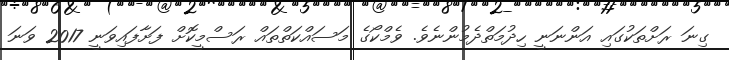
ގިނަ ރަށްތަކުގައި އަންނަނީ ހިދުމަތްދެމުންނެވެ. ވެމްކޯގެ މަސައްކަތްތައް ރަސްމީކޮށް ފަށާފައިވަނީ 2017 ވަނަ